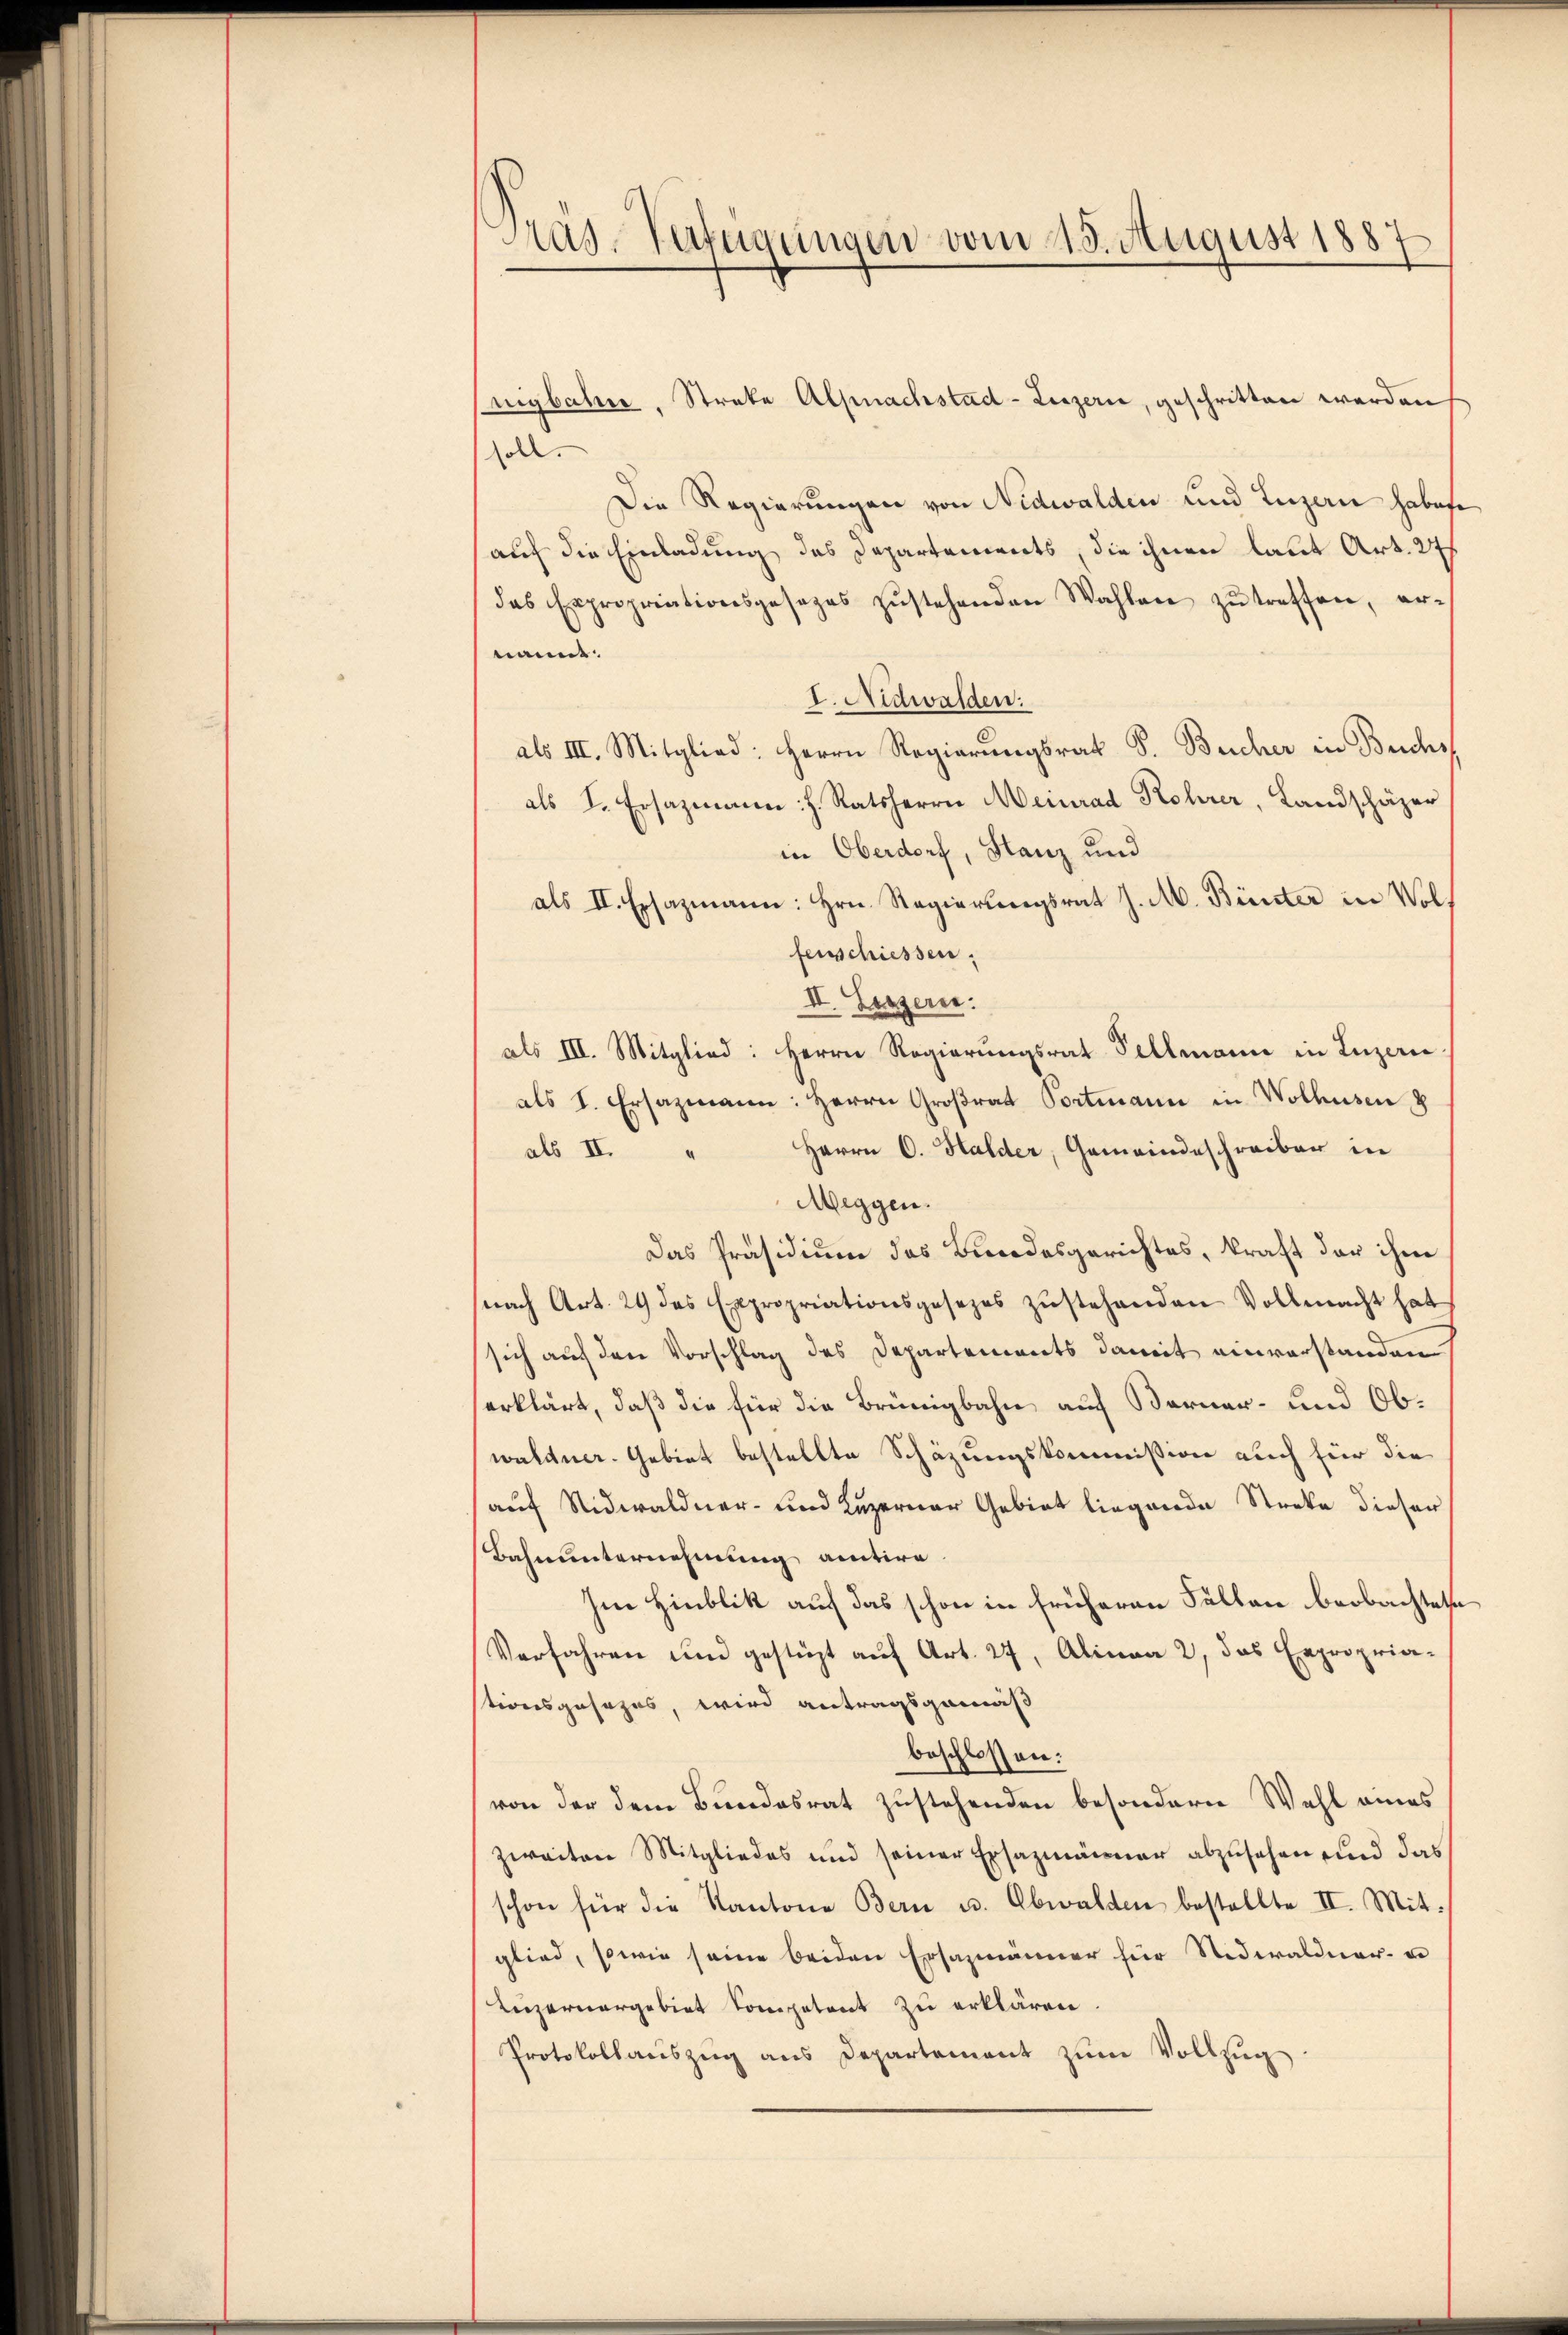
Präs. Verfügungen vom 15. August 1887

nigbahne, Streke Alpnachstad Luzern, geschritten werden
soll.
Die Regierungen von Nidwalden und Luzern habete
auf die Einladung des Departements, die ihnen laut Art. 27
das Expropriationsgesezes zŭstehenden Wahlen zŭ treffen, er-
nannt.
I. Nidwalden:
als III. Mitglied: Herrn Regierŭngsrat J. Bücher in Beichst
als I. Ersazmann h. Ratsherrn Meinrad Rohrer, Landschäzer
in Oberdorf, Stanz und
als II. Ersazmann: Hrn. Regierungsrat J. M. Bünter in Wol
fenschiessen.
II. Bessern:
als III. Mitglied: Herrn Regierungsrat Sellmann in Luzern
als I. Ersazmann: Herrn Großrat Portmann in Wolhusen &
Herrn C. Halder, Gemeindeschreiben in
als II.
Meggen.
Das Präsidium des Bundesgerichtes, kraft der ihm
nach Art. 29 des Expropriationsgesezes zŭstehenden Vollmacht hat
sich auf den Vorschlag des Departements damit einverstanden
erklärt, daß die für die Brünigbahn auf Berner- und Obwaldner. Gebiet bestellte Schäzungskommission auch für die
auf Nidwaldner- und Luzerner Gebiet liegende Streke dieser
Bahnunternehmung antire.
Im Hinblik auf das schon in früheren Fällen beobachtete
Verfahren und gestüzt auf Art. 27, Alinea 2, das Expropriationsgesezes, wird antragsgemäß
beschlossen:
von der dem Bundesrat zustehenden besondern Wahl eines
zweiten Mitgliedes und seiner Ersazmänner abzusehen und das
schon für die Kantone Bern u. Obwalden bestellte II. Mitglied, sowie seine beiden Ersazmänner für Sidwaldner- u
Luzernergebiet Competent zu erklären.
Protokollaŭszŭg ans Departement zŭm Vollzŭg.